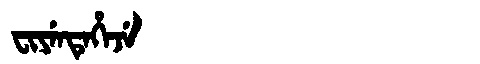
Manchu: ᠸᡳᠶᡝᠨᡨᡝᡥᡝᠵᡝ
Romanization: FIYENTEHEJE